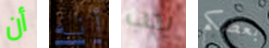
أن أنه يجب بعضكم